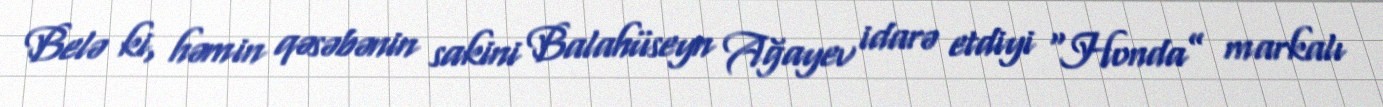
Belə ki, həmin qəsəbənin sakini Balahüseyn Ağayev idarə etdiyi “Honda” markalı